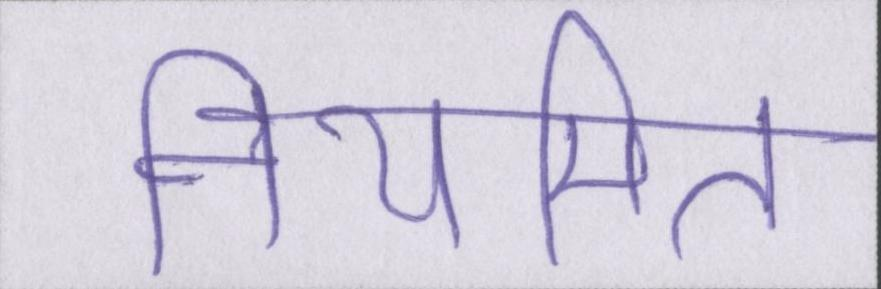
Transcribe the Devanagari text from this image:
नियमित